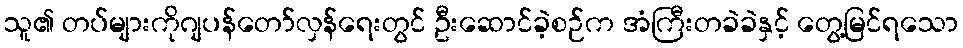
သူ၏ တပ်များကိုဂျပန်တော်လှန်ရေးတွင် ဦးဆောင်ခဲ့စဉ်က အံကြီးတခဲခဲနှင့် တွေ့မြင်ရသော